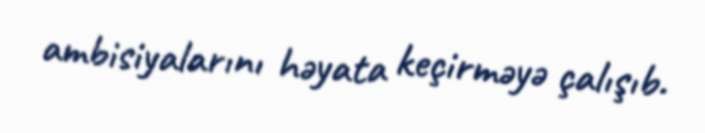
ambisiyalarını həyata keçirməyə çalışıb.